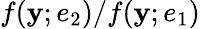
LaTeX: f(\mathbf{y};e_{2})/f(\mathbf{y};e_{1})